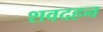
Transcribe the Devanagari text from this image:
शवदहन